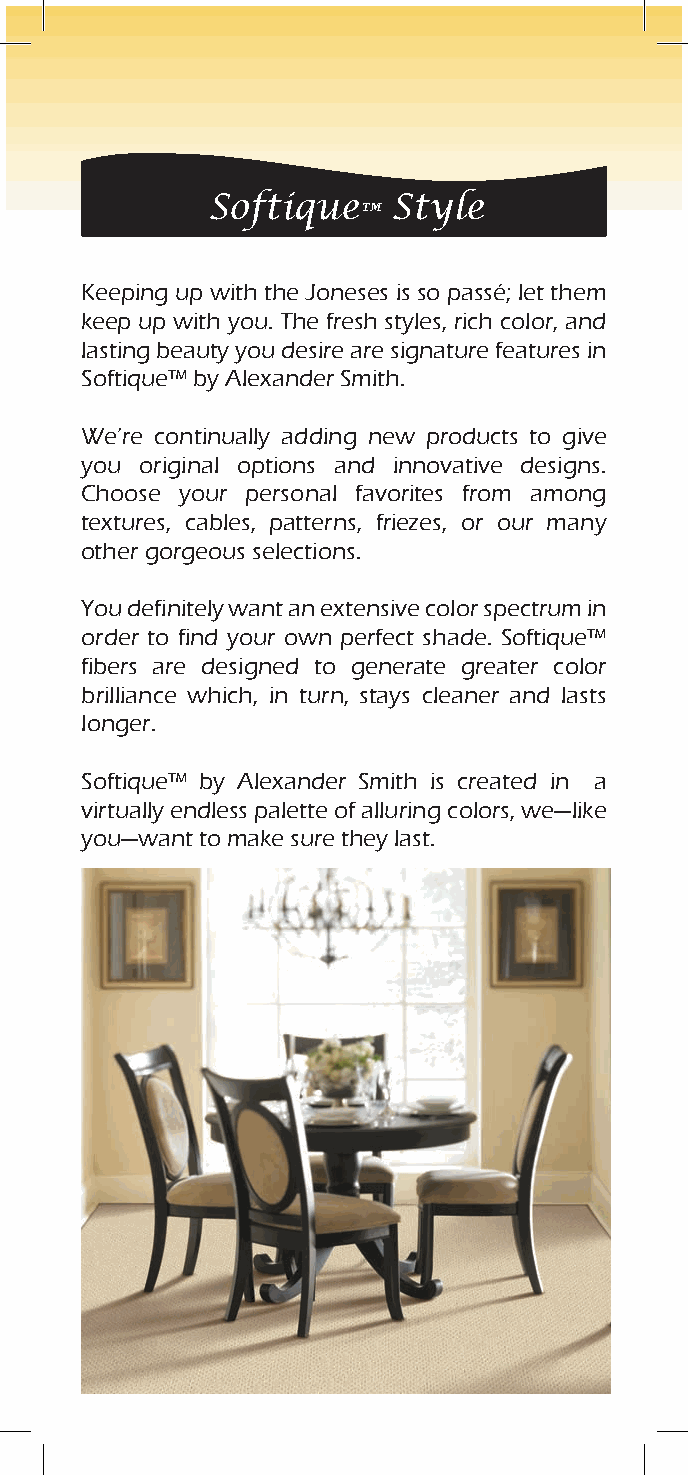
Softique    Style
 ™
 Keeping up with the Joneses is so passé; let them
 keep up with you. The fresh styles, rich color, and
 lasting beauty you desire are signature features in
 Softique™ by Alexander Smith.
 We’re continually adding new products to give
 you original options and innovative designs.
 Choose your personal favorites from among
 textures, cables, patterns, friezes, or our many
 other gorgeous selections.
 You definitely want an extensive color spectrum in
 order to find your own perfect shade. Softique™
 fibers are designed to generate greater color
 brilliance which, in turn, stays cleaner and lasts
 longer.
 Softique™ by Alexander Smith is created in a
 virtually endless palette of alluring colors, we—like
 you—want to make sure they last.